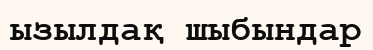
ызылдақ шыбындар